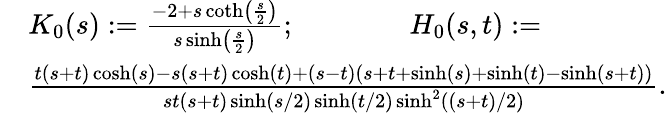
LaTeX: \begin{array}{rl}&{K_{0}(s):=\frac{-2+s\coth\left(\frac{s}{2}\right)}{s\sinh\left(\frac{s}{2}\right)};\qquad\qquad H_{0}(s,t):=}\\ &{\frac{t(s+t)\cosh(s)-s(s+t)\cosh(t)+(s-t)(s+t+\sinh(s)+\sinh(t)-\sinh(s+t))}{st(s+t)\sinh(s/2)\sinh(t/2)\sinh^{2}((s+t)/2)}.}\end{array}